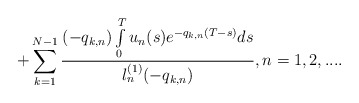
\begin{align*}+\sum\limits_{k=1}^{N-1}\frac{(-q_{k,n})\int\limits_0^Tu_n(s)e^{-q_{k,n}(T-s)}ds}{l^{(1)}_n(-q_{k,n})},n=1,2,....\end{align*}